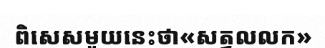
ពិសេសមួយនេះថា«សត្វលលក»